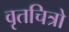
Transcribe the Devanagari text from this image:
वृतचित्रो